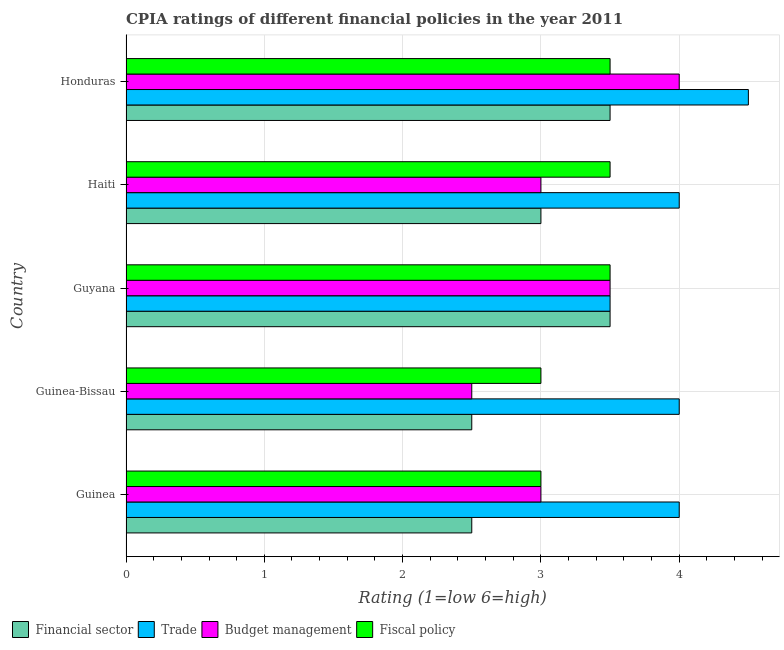
| Country | Financial sector | Trade | Budget management | Fiscal policy |
 | --- | --- | --- | --- | --- |
 | Guinea | 2.5 | 4 | 3 | 3 |
 | Guinea-Bissau | 2.5 | 4 | 2.5 | 3 |
 | Guyana | 3.5 | 3.5 | 3.5 | 3.5 |
 | Haiti | 3 | 4 | 3 | 3.5 |
 | Honduras | 3.5 | 4.5 | 4 | 3.5 |